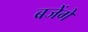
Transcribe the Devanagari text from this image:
बजेंगे